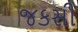
જકસી